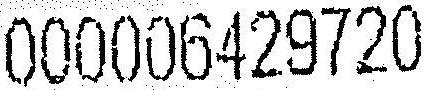
000006429720